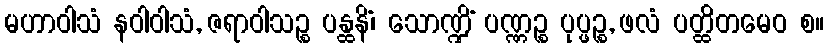
မဟာဝါသံ နဝါဝါသံ, ဇရာဝါသဉ္စ ပန္ထနိံ၊ သောဏ္ဍိံ ပဏ္ဏဉ္စ ပုပ္ဖဉ္စ, ဖလံ ပတ္ထိတမေဝ စ။